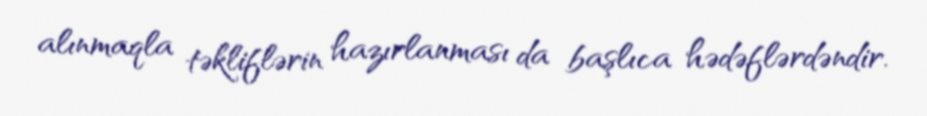
alınmaqla təkliflərin hazırlanması da başlıca hədəflərdəndir.